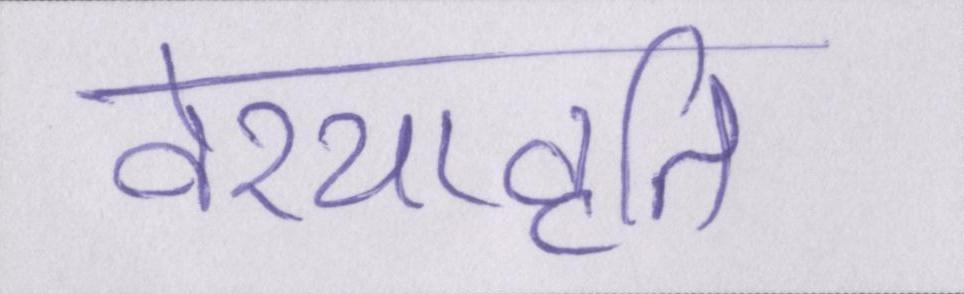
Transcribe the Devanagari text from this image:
वेश्यावृति